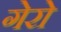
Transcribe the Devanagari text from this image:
गेरो